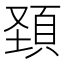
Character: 頚